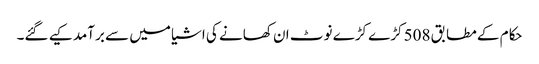
حکام کے مطابق 508 کڑے کڑے نوٹ ان کھانے کی اشیا میں سے برآمد کیے گئے۔